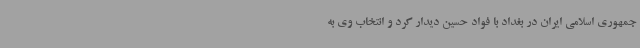
جمهوری اسلامی ایران در بغداد با فواد حسین دیدار کرد و انتخاب وی به